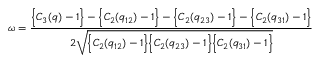
\omega = \frac { \Big \{ C _ { 3 } ( q ) - 1 \Big \} - \Big \{ C _ { 2 } ( q _ { 1 2 } ) - 1 \Big \} - \Big \{ C _ { 2 } ( q _ { 2 3 } ) - 1 \Big \} - \Big \{ C _ { 2 } ( q _ { 3 1 } ) - 1 \Big \} } { 2 \sqrt { \Big \{ C _ { 2 } ( q _ { 1 2 } ) - 1 \Big \} \Big \{ C _ { 2 } ( q _ { 2 3 } ) - 1 \Big \} \Big \{ C _ { 2 } ( q _ { 3 1 } ) - 1 \Big \} } }